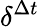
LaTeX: \delta^{\Delta t}